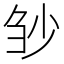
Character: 𰄲